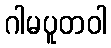
ဂါမပူတဝါ